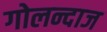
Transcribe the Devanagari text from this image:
गोलन्दाज